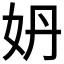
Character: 𡛓